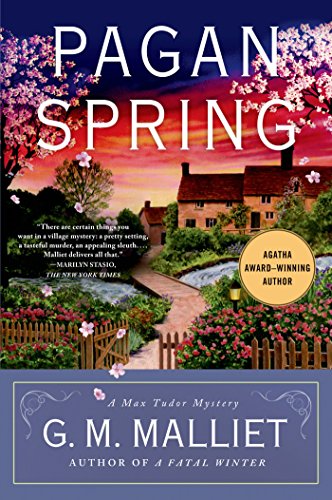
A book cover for Pagan Spring (Max Tudor); G. M. Malliet; Mystery, Thriller & Suspense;